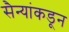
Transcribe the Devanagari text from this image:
सैन्यांकडून